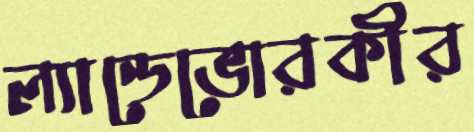
ল্যান্ডেভোরকীর